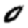
Digit: 0